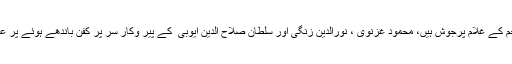
کیونکہ مسلمان زندہ ہیں ، اسلام کا نعرہ تابندہ ہے، نبی الملاحم کے غلام پُرجوش ہیں، محمود غزنویؒ ، نورالدین زنگیؒ اور سلطان صلاح الدین ایوبی ؒ کے پیر وکار سر پر کفن باندھے ہوئے پُر عزم ہیں، محمد بن قاسم کے جانباز تیار ہیں، لیکن اہل کشمیر !